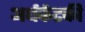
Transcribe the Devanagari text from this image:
अर्धर्कटकी